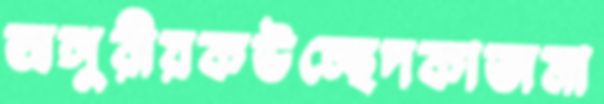
অঙ্গুরীয়কউচ্ছেদকাজমা